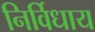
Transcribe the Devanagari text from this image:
निर्विधाय